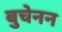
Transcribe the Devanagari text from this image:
बुचेनन